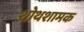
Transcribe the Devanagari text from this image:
शोथशामक